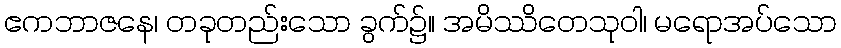
ဧကဘာဇနေ၊ တခုတည်းသော ခွက်၌။ အမိဿိတေသုဝါ၊ မရောအပ်သော